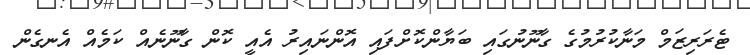
ޓެރަރިޒަމް މަނާކުރުމުގެ ގާނޫނުގައި ބަޔާންކޮށްފައި އޮންނައިރު އެއީ ކޮން ގާނޫނެއް ކަމެއް އެނގެން